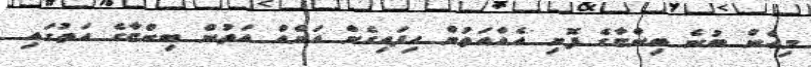
މިހެން ބުނެ ބިންޏާގެ ފޮށި އެއްއަތުން ހިފައިގެން އަނެއް އަތުން ބިންޏާގެ އަތުގައި